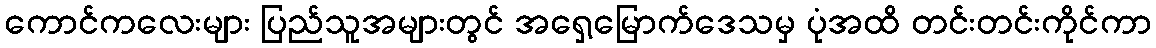
ကောင်ကလေးများ ပြည်သူအများတွင် အရှေ့မြောက်ဒေသမှ ပုံအထိ တင်းတင်းကိုင်ကာ